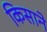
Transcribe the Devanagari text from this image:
किसाने